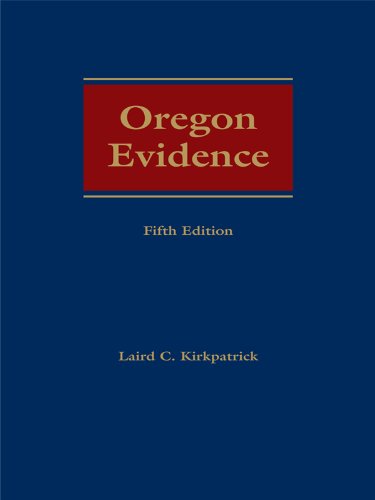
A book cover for Oregon Evidence; Laird C. Kirkpatrick; Law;